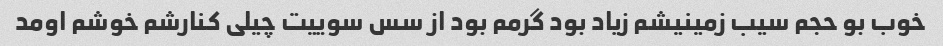
خوب بو حجم سیب زمینیشم زیاد بود گرمم بود از سس سوییت چیلی کنارشم خوشم اومد